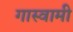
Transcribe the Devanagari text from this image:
गास्वामी